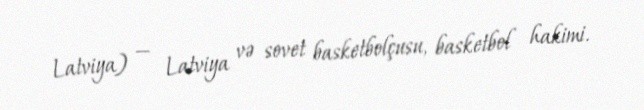
Latviya) — Latviya və sovet basketbolçusu, basketbol hakimi.